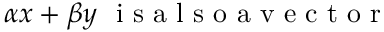
\alpha x + \beta y \mathrm { ~ \ i ~ s ~ a ~ l ~ s ~ o ~ a ~ v ~ e ~ c ~ t ~ o ~ r ~ }